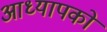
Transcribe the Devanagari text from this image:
आध्यापकों